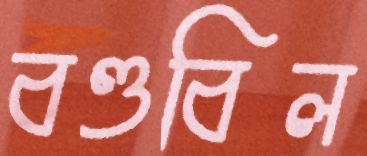
বণ্ডবিল